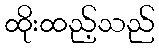
ထိုးထည့်သည်